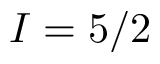
I = 5 / 2